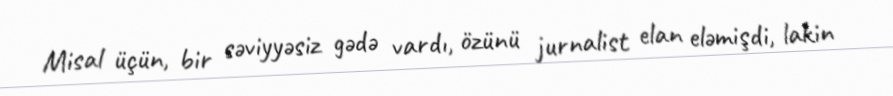
Misal üçün, bir səviyyəsiz gədə vardı, özünü jurnalist elan eləmişdi, lakin